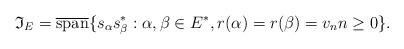
LaTeX: \begin{align*} \mathfrak I_E = \overline{\mathrm{span}} \{ s_\alpha s_\beta^\ast : \alpha, \beta\in E^\ast, r(\alpha) = r(\beta) = v_n n \geq 0 \}. \end{align*}